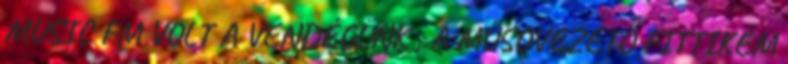
MUSIC FM VOLT A VENDÉGÜNK , A MŰSOVEZETŐ FITTIKÉM